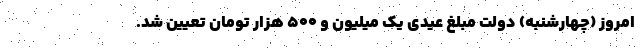
امروز (چهارشنبه) دولت مبلغ عیدی یک میلیون و ۵۰۰ هزار تومان تعیین شد.